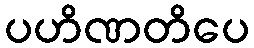
ပဟိဏတိပေ